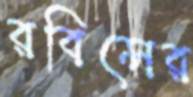
রবিন্সের